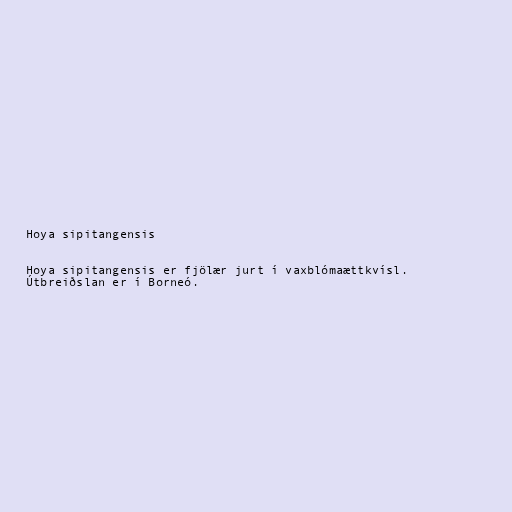
Hoya sipitangensis

Hoya sipitangensis er fjölær jurt í vaxblómaættkvísl.
Útbreiðslan er í Borneó.